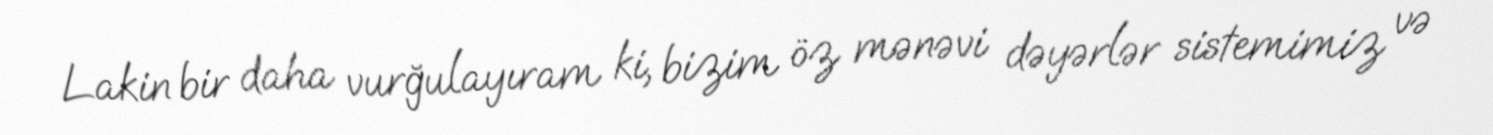
Lakin bir daha vurğulayıram ki, bizim öz mənəvi dəyərlər sistemimiz və